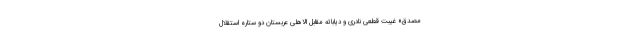
مصدق» غیبت قطعی نادری و دیاباته مقابل الاهلی عربستان دو ستاره استقلال